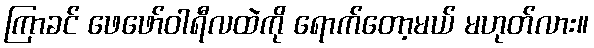
ကြာခင် ဖေဖော်ဝါရီလထဲကို ရောက်တော့မယ် မဟုတ်လား။